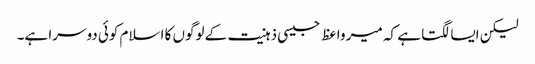
لیکن ایسا لگتا ہے کہ میر واعظ جیسی ذہنیت کے لوگوں کا اسلام کوئی دوسرا ہے۔